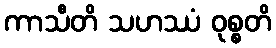
ကာသီတိ သဟဿံ ဝုစ္စတိ